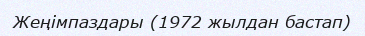
Жеңімпаздары (1972 жылдан бастап)